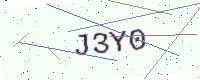
Text: J3Y0